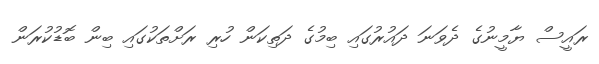
ރައީސް ޔާމީނުގެ ދެވަނަ ދައުރުގައި ބިމުގެ ދަތިކަން ހުރި ރަށްތަކުގައި ބިން ބޮޑުކުރަން